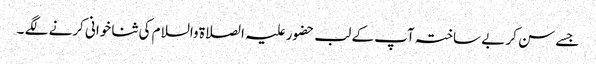
جسے سن کر بے ساختہ آپ کے لب حضور علیہ الصلاۃ والسلام کی ثنا خوانی کرنے لگے ۔